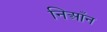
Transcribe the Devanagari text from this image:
निआँन